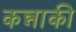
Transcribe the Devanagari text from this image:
कन्नाकी